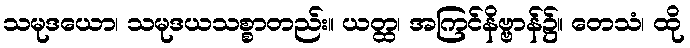
သမုဒယော၊ သမုဒယသစ္စာတည်း။ ယတ္ထ၊ အကြင်နိဗ္ဗာန်၌။ တေသံ၊ ထို